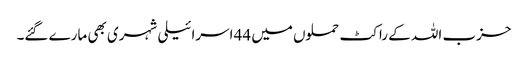
حزب اللہ کے راکٹ حملوں میں 44 اسرائیلی شہری بھی مارے گئے۔